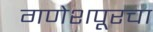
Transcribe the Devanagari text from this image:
गणेशपूरचा